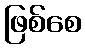
ဖြစ်စေ